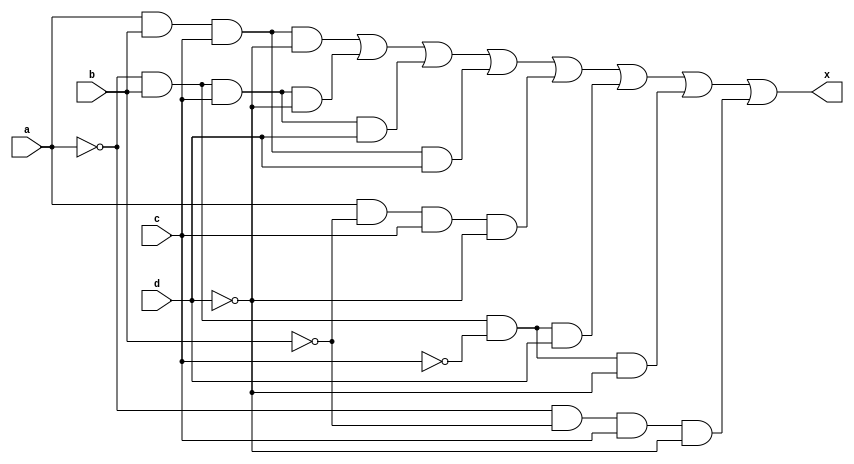
module sop_genisletilmis(x,a,b,c,d);

input a,b,c,d;
wire one,two,three,four,five,six,seven,eight,an,bn,cn,dn;
output x;

not (an,a);
not (bn,b);
not (cn,c);
not (dn,d);

and (one,a , b, c, dn);
and (two,an , b, c, dn);
and (three,an , b, c, d);
and (four,a , b, c, d);
and (five,a , bn, c, dn);
and (six,an , b, cn, d);
and (seven,an , b, cn, dn);
and (eight,an , bn, c, dn);

or (x,one,two,three,four,five,six,seven,eight);

endmodule